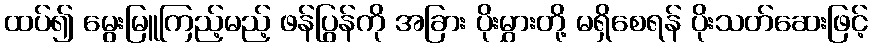
ထပ်၍ မွေးမြူကြည့်မည့် ဖန်ပြွန်ကို အခြား ပိုးမွှားတို့ မရှိစေရန် ပိုးသတ်ဆေးဖြင့်